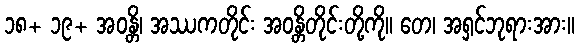
၁၈+ ၁၉+ အဝန္တိ၊ အဿကတိုင်း အဝန္တိတိုင်းတို့ကို။ တေ၊ အရှင်ဘုရားအား။